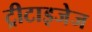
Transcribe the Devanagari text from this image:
ट्रीटाइजेज